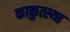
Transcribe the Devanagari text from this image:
काकुत्स्था